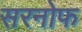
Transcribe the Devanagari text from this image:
सरनोफ